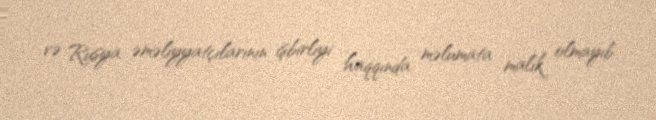
və Rusya əməliyyatçılarının işbirliyi haqqında məlumata malik olmayıb.